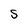
Character: S